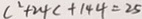
c ^ { 2 } + 2 4 c + 1 4 4 = 2 5